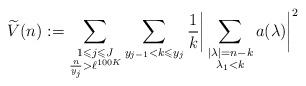
LaTeX: \begin{align*} \widetilde{V}(n):= \sum_{\substack{ 1 \leqslant j\leqslant J \\ \frac{n}{y_{j}} >\ell^{100K}}}\sum_{ y_{j-1} <k \leqslant y_j} \frac{1}{k}\bigg| \sum_{\substack{|\lambda|=n-k \\ \lambda_1 < k }} a(\lambda) \bigg|^2\end{align*}